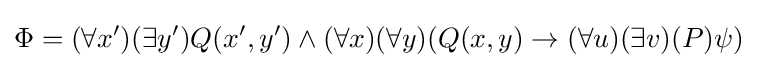
\Phi =(\forall x')(\exists y')Q(x',y')\wedge (\forall x)(\forall y)(Q(x,y)\rightarrow (\forall u)(\exists v)(P)\psi )